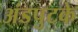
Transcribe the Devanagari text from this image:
अंडपुटके